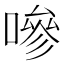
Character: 嘇